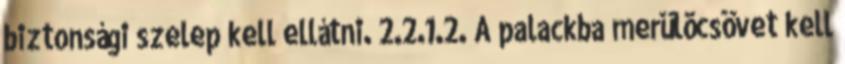
biztonsági szelep kell ellátni. 2.2.1.2. A palackba merülõcsövet kell